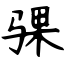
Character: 骒